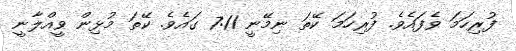
ފުރިހަމަ ވެފައެވެ. ފުރިހަމަ ކޭތަ ނިމޭނީ 7:11 ގައެވެ. ކޭތަ މުޅިން ވީއްލާނީ